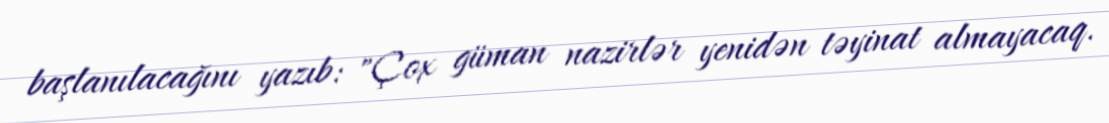
başlanılacağını yazıb: "Çox güman nazirlər yenidən təyinat almayacaq.